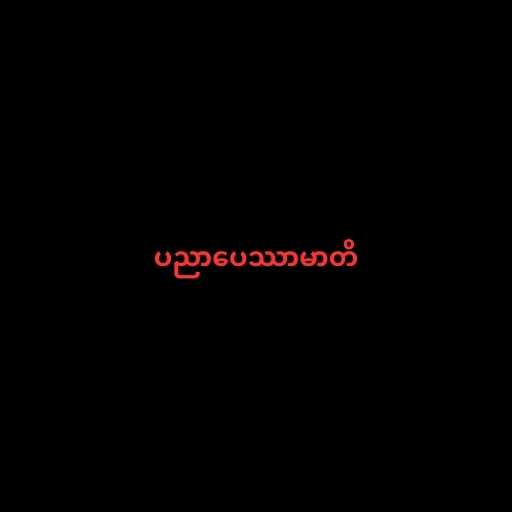
ပညာပေဿာမာတိ